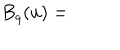
B _ { q } ( u ) =